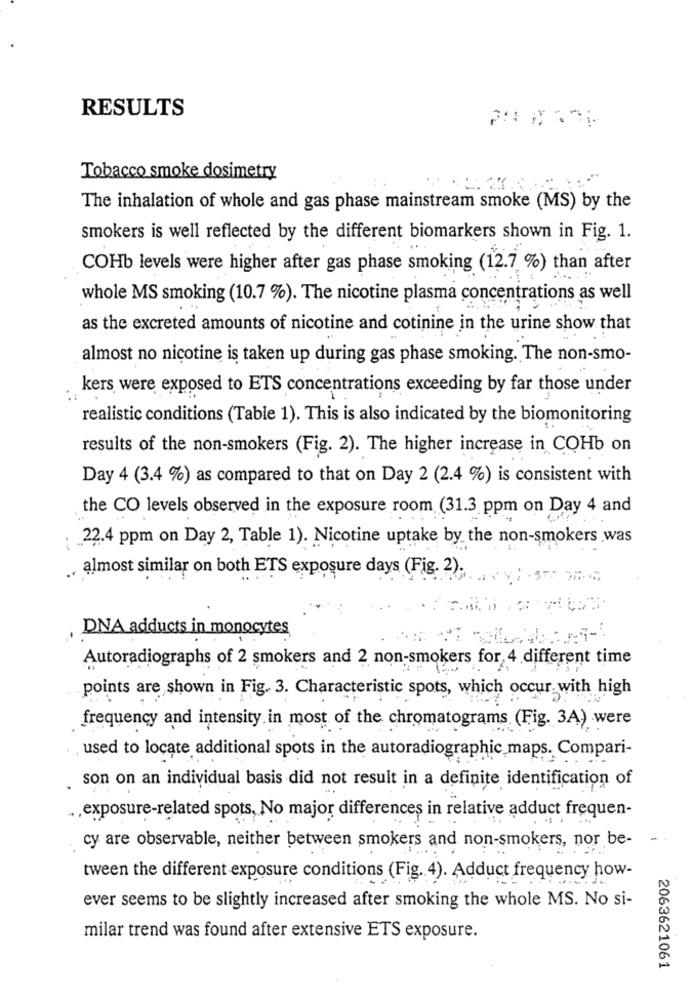
RESULTS
Tobacco smoke dosimetry
The inhalation of whole and gas phase mainstream smoke (MS) by the
smokers is well reflected by the different biomarkers shown in Fig. 1.
COHb levels were higher after gas phase smoking (12.7 %) than after
whole MS smoking (10.7 %). The nicotine plasma concentrations as well
as the excreted amounts of nicotine and cotinine in the urine show that
almost no nicotine is taken up during gas phase smoking. The non-smo-
kers were exposed to ETS concentrations exceeding by far those under
realistic conditions (Table 1). This is also indicated by the biomonitoring
results of the non-smokers (Fig. 2). The higher increase in COHb on
Day 4 (3.4 %) as compared to that on Day 2 (2.4 %) is consistent with
the CO levels observed in the exposure room (31.3 ppm on Day 4 and
22.4 ppm on Day 2, Table 1). Nicotine uptake by the non-smokers was
almost similar on both ETS exposure days (Fig. 2).
DNA adducts in monocytes
Autoradiographs of 2 smokers and 2 non-smokers for, 4 different time
points are shown in Fig. 3. Characteristic spots, which occur, wi
with high
frequency and intensity in most of the chromatograms (Fig. 3A) were
used to locate additional spots in the autoradiographic maps. Compari-
son on an individual basis did not result in a definite identification of
., exposure-related spots, No major differences in relative adduct frequen-
cy are observable, neither between smokers and non-smokers, nor be-
tween the different exposure conditions (Fig. 4). Adduct frequency how-
ever seems to be slightly increased after smoking the whole MS. No si-
milar trend was found after extensive ETS exposure.
2063621061